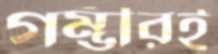
গম্ভীরই